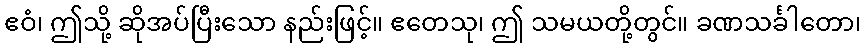
ဧဝံ၊ ဤသို့ ဆိုအပ်ပြီးသော နည်းဖြင့်။ ဧတေသု၊ ဤ သမယတို့တွင်။ ခဏသင်္ခါတော၊